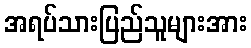
အရပ်သားပြည်သူများအား